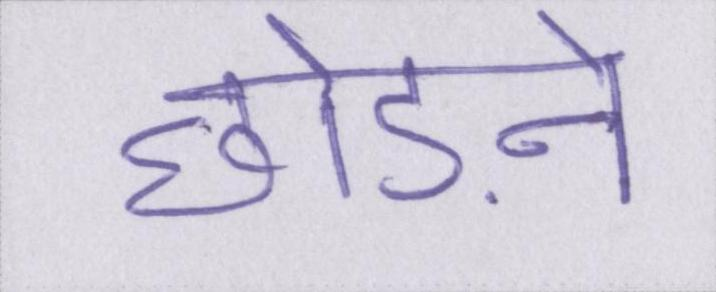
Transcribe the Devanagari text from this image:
छोड़ने